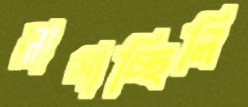
লাগাচ্ছিলি